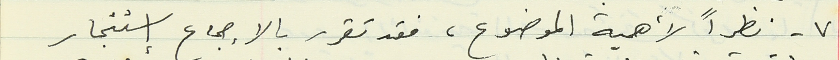
٧ - نظراً لأهمية الموضوع، فقد تقرر بالاجماع استئجار